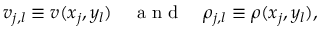
v _ { j , l } \equiv v ( x _ { j } , y _ { l } ) \quad \textrm { a n d } \quad \rho _ { j , l } \equiv \rho ( x _ { j } , y _ { l } ) ,